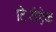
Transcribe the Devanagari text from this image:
टिरीऐक